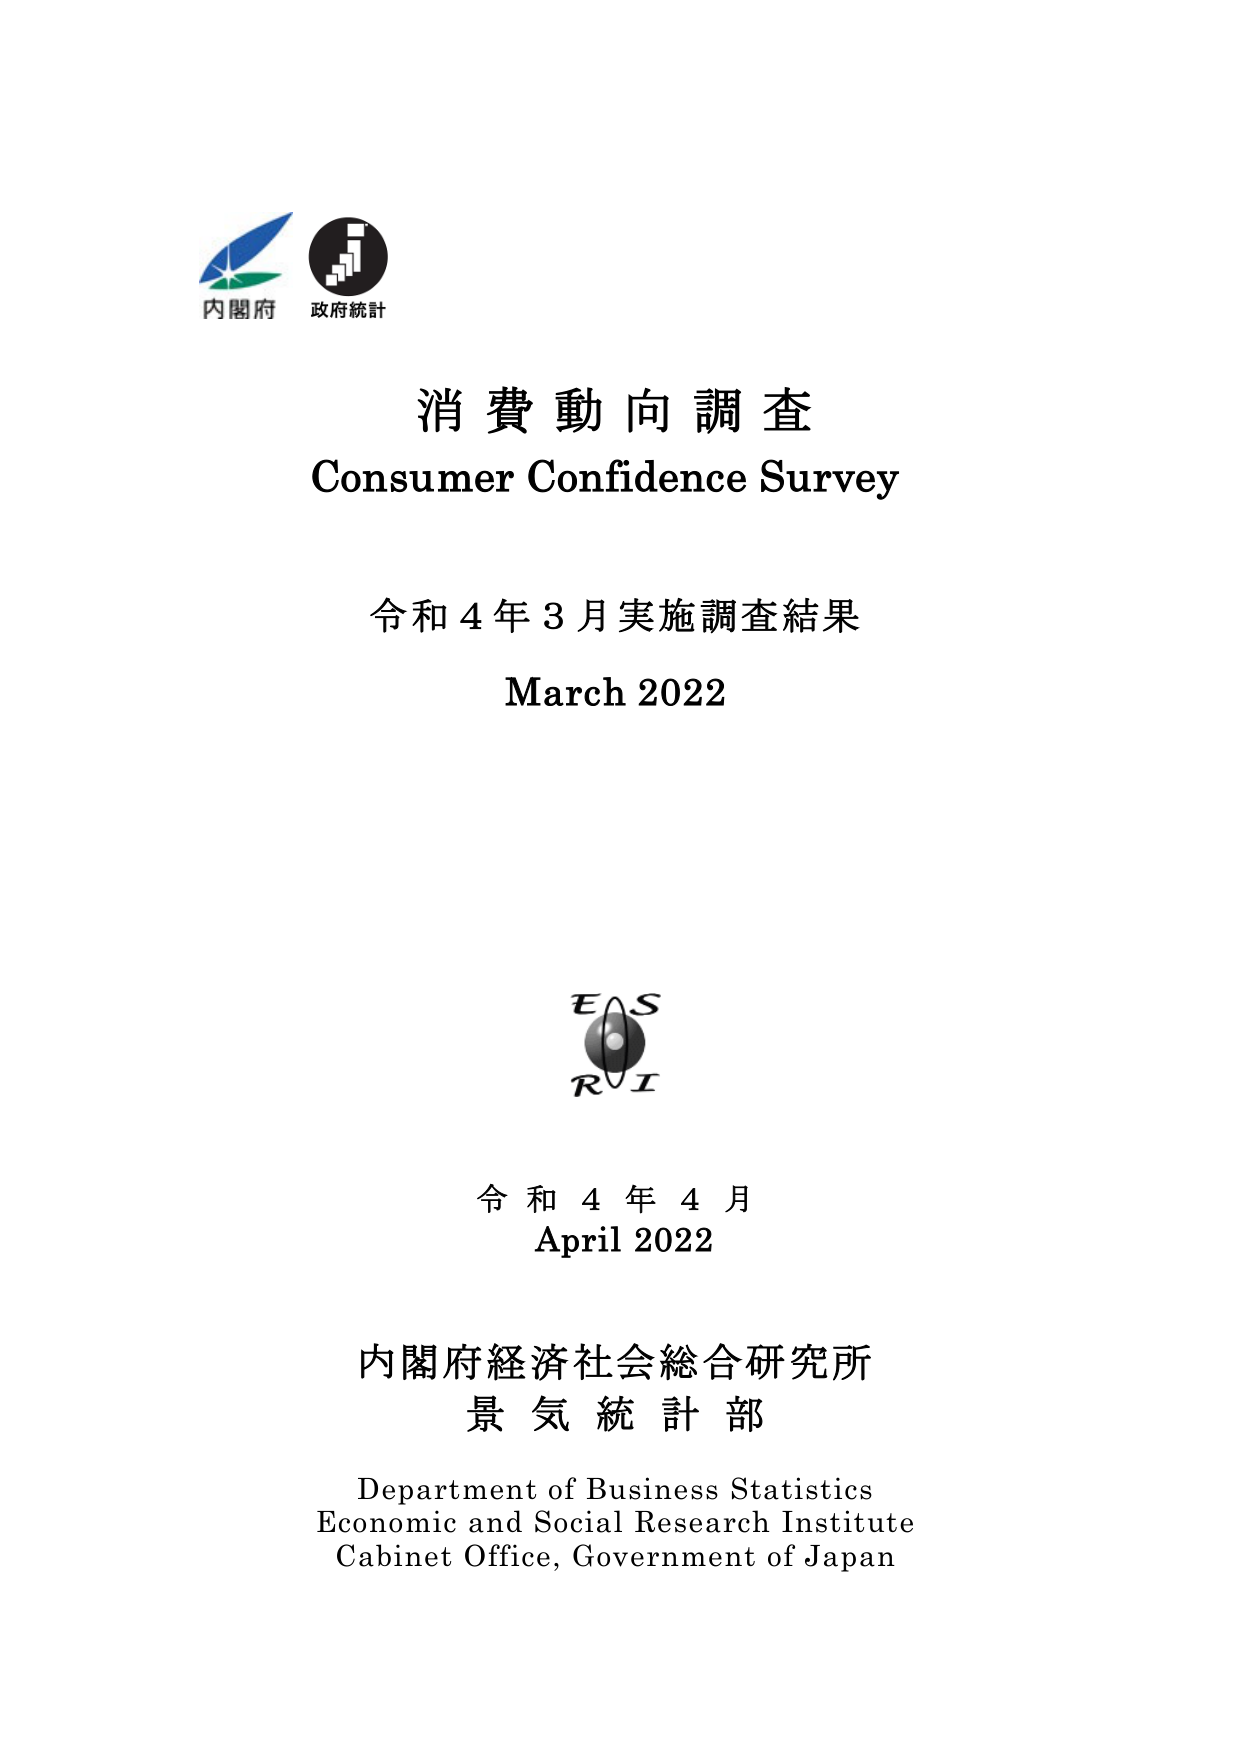
内閣府
政府統計

消費動向調査
Consumer Confidence Survey

令和4年3月実施調査結果
March 2022

E S
R I

令和4年4月
April 2022

内閣府経済社会総合研究所
景気統計部

Department of Business Statistics
Economic and Social Research Institute
Cabinet Office, Government of Japan